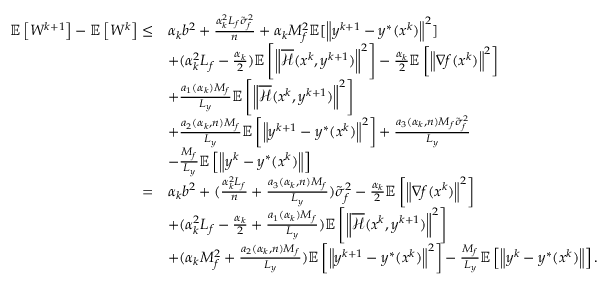
\begin{array} { r l } { \mathbb { E } \left[ W ^ { k + 1 } \right] - \mathbb { E } \left[ W ^ { k } \right] \leq } & { { \alpha _ { k } b ^ { 2 } } + \frac { \alpha _ { k } ^ { 2 } L _ { f } \tilde { \sigma } _ { f } ^ { 2 } } { n } + \alpha _ { k } M _ { f } ^ { 2 } \mathbb { E } [ \left\| y ^ { k + 1 } - y ^ { * } ( x ^ { k } ) \right\| ^ { 2 } ] } \\ & { + ( \alpha _ { k } ^ { 2 } L _ { f } - \frac { \alpha _ { k } } { 2 } ) \mathbb { E } \left[ \left\| \overline { { \mathcal { H } } } ( x ^ { k } , y ^ { k + 1 } ) \right\| ^ { 2 } \right] - \frac { \alpha _ { k } } { 2 } \mathbb { E } \left[ \left\| \nabla f ( x ^ { k } ) \right\| ^ { 2 } \right] } \\ & { + \frac { a _ { 1 } ( \alpha _ { k } ) M _ { f } } { L _ { y } } \mathbb { E } \left[ \left\| \overline { { \mathcal { H } } } ( x ^ { k } , y ^ { k + 1 } ) \right\| ^ { 2 } \right] } \\ & { + \frac { a _ { 2 } ( \alpha _ { k } , n ) M _ { f } } { L _ { y } } \mathbb { E } \left[ \left\| y ^ { k + 1 } - y ^ { * } ( x ^ { k } ) \right\| ^ { 2 } \right] + \frac { a _ { 3 } ( \alpha _ { k } , n ) M _ { f } \tilde { \sigma } _ { f } ^ { 2 } } { L _ { y } } } \\ & { - \frac { M _ { f } } { L _ { y } } \mathbb { E } \left[ \left\| y ^ { k } - y ^ { * } ( x ^ { k } ) \right\| \right] } \\ { = } & { { \alpha _ { k } b ^ { 2 } } + ( \frac { \alpha _ { k } ^ { 2 } L _ { f } } { n } + \frac { a _ { 3 } ( \alpha _ { k } , n ) M _ { f } } { L _ { y } } ) \tilde { \sigma } _ { f } ^ { 2 } - \frac { \alpha _ { k } } { 2 } \mathbb { E } \left[ \left\| \nabla f ( x ^ { k } ) \right\| ^ { 2 } \right] } \\ & { + ( \alpha _ { k } ^ { 2 } L _ { f } - \frac { \alpha _ { k } } { 2 } + \frac { a _ { 1 } ( \alpha _ { k } ) M _ { f } } { L _ { y } } ) \mathbb { E } \left[ \left\| \overline { { \mathcal { H } } } ( x ^ { k } , y ^ { k + 1 } ) \right\| ^ { 2 } \right] } \\ & { + ( \alpha _ { k } M _ { f } ^ { 2 } + \frac { a _ { 2 } ( \alpha _ { k } , n ) M _ { f } } { L _ { y } } ) \mathbb { E } \left[ \left\| y ^ { k + 1 } - y ^ { * } ( x ^ { k } ) \right\| ^ { 2 } \right] - \frac { M _ { f } } { L _ { y } } \mathbb { E } \left[ \left\| y ^ { k } - y ^ { * } ( x ^ { k } ) \right\| \right] . } \end{array}